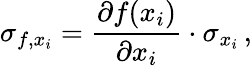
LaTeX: {\sigma_{f,x_{i}}}=\frac{\partial f(x_{i})}{\partial x_{i}}\cdot\sigma_{x_{i}}\, ,